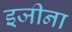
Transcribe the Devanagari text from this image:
इजीना